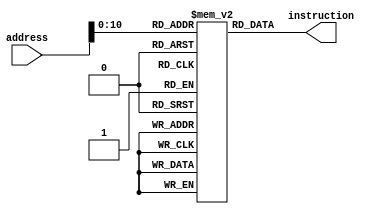
`timescale 1ns / 1ns
module InstructionMemory(address,instruction);
  input[15:0] address;
  output[8:0]instruction;
  reg [8:0]Memory[0:1024];
  assign instruction = Memory[address];
endmodule